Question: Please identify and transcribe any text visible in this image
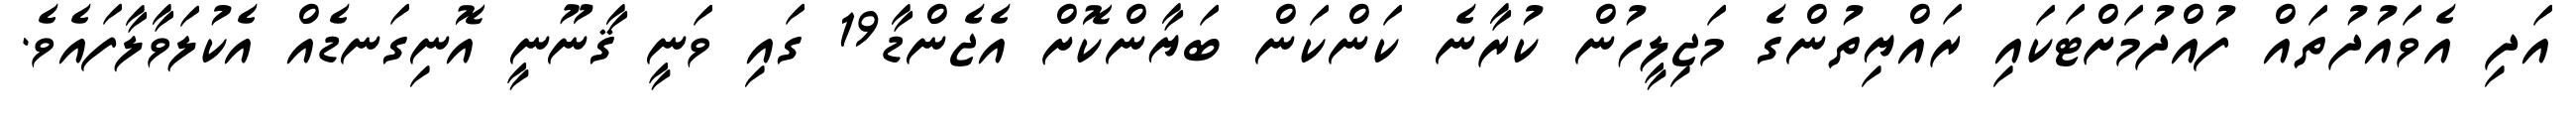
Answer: އަދި އެވައުދުތައް ފުއްދުމަށްޓަކައި ރައްޔިތުންގެ މަޖިލީހުން ކުރާނެ ކަންކަން ބަޔާންކޮށް އެޖެންޑާ19 ގައި ވަނީ ޤާނޫނީ އޮނިގަނޑެއް އެކުލަވާލާފައެވެ.